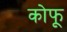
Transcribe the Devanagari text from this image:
कोफू